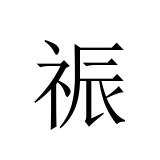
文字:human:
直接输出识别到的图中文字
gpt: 祳